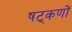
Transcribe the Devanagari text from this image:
षट्‌कणों